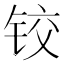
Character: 铰